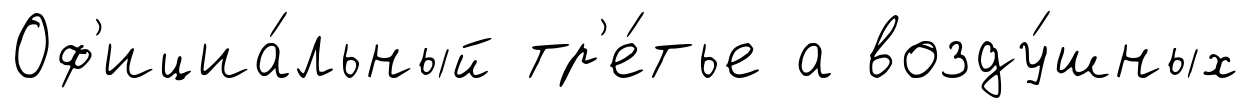
Оф'ициа́льный тр'е́тье а возду́шных